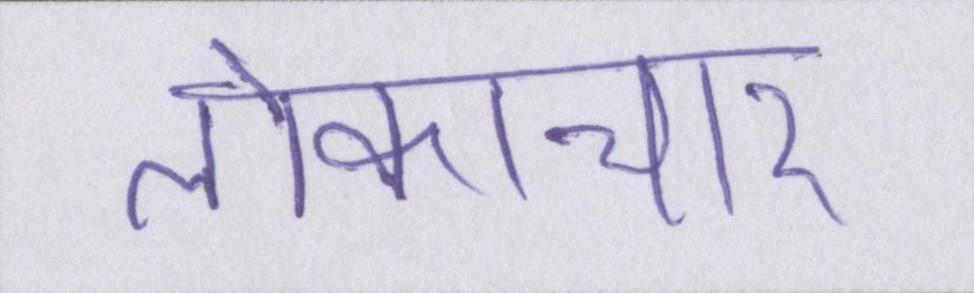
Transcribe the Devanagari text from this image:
लोकाचार